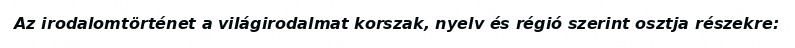
Az irodalomtörténet a világirodalmat korszak, nyelv és régió szerint osztja részekre: